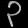
Digit: ၃